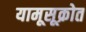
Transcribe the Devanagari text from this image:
यामूसूक्रोत